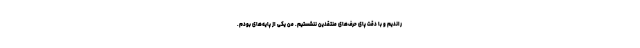
راندیم و با دقت پای حرف‌های منتقدین ننشستیم. من یکی از پایه‌های بودم.